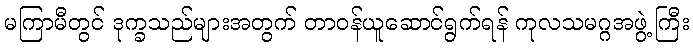
မကြာမီတွင် ဒုက္ခသည်များအတွက် တာဝန်ယူဆောင်ရွက်ရန် ကုလသမဂ္ဂအဖွဲ့ကြီး